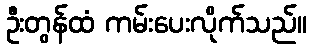
ဦးတွန်ထံ ကမ်းပေးလိုက်သည်။